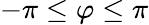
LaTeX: -\pi\leq\varphi\leq\pi